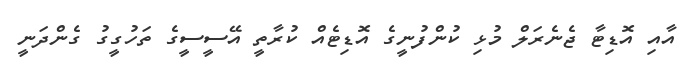
އާއި އޮޑިޓާ ޖެނެރަލް މުޅި ކުންފުނީގެ އޮޑިޓެއް ކުރާތީ އޭސީސީގެ ތަހުގީގު ގެންދަނީ